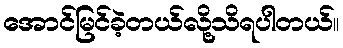
အောင်မြင်ခဲ့တယ်လို့သိရပါတယ်။